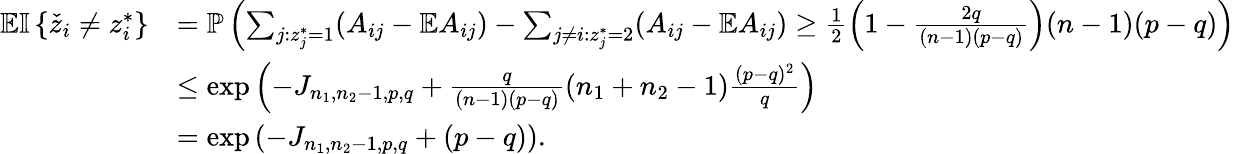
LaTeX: \begin{array}{rl}{\mathbb{E}{\mathbb{I}\left\{ {\check{z}_{i}\neq z_{i}^{*}}\right\} }}&{=\mathbb{P}\left(\sum_{j:z_{j}^{*}=1}(A_{ij}-\mathbb{E}A_{ij})-\sum_{j\neq i:z_{j}^{*}=2}(A_{ij}-\mathbb{E}A_{ij})\geq\frac{1}{2}\left(1-\frac{2q}{(n-1)(p-q)}\right)(n-1)(p-q)\right)}\\ &{\leq\exp\left(-J_{n_{1},n_{2}-1,p,q}+\frac{q}{(n-1)(p-q)}(n_{1}+n_{2}-1)\frac{(p-q)^{2}}{q}\right)}\\ &{=\exp\left(-J_{n_{1},n_{2}-1,p,q}+(p-q)\right).}\end{array}